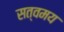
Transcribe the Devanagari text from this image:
सत्वमय